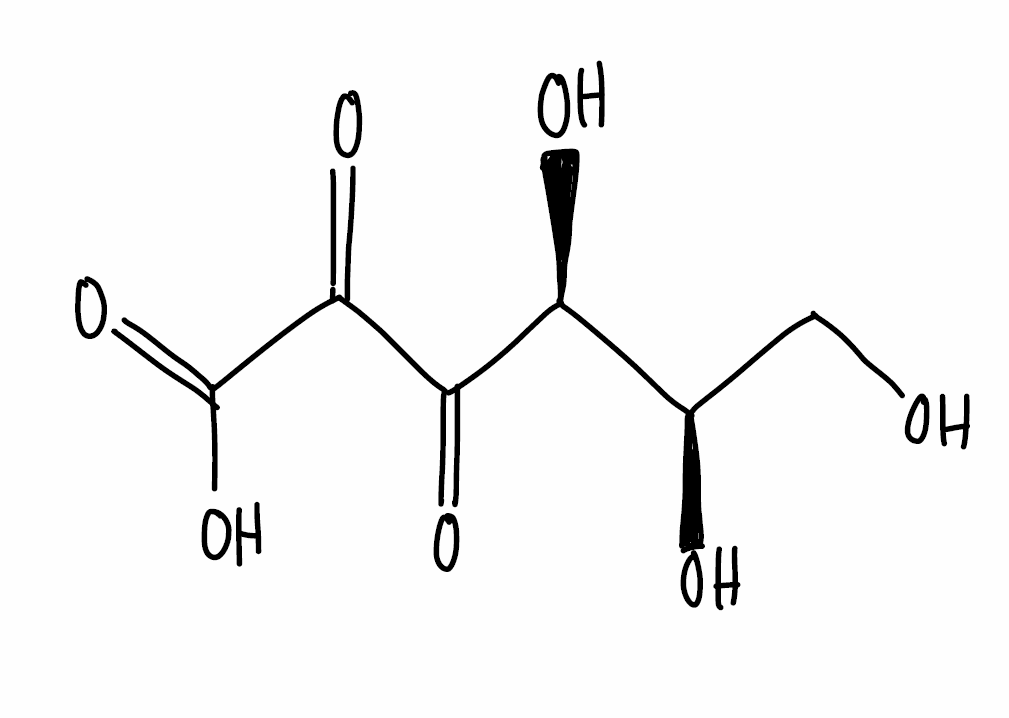
Simplified molecular-input line-entry system (SMILES) notation of the given molecule:
C([C@H]([C@@H](C(=O)C(=O)C(=O)O)O)O)O